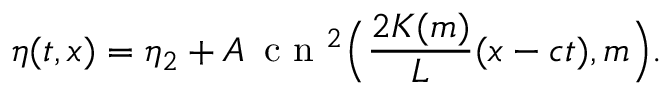
\eta ( t , x ) = \eta _ { 2 } + A \, \mathrm { ~ c ~ n ~ } ^ { 2 } \Big ( \frac { 2 K ( m ) } { L } ( x - c t ) , m \Big ) .